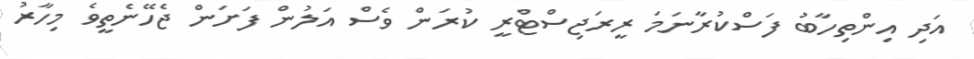
އަދި އިންތިހާބު ފަސްކުރާނަމަ ރީރަޖިސްޓްރީ ކުރަން ވެސް އަލުން ފަށަން ޖެހޭނެތީވެ މިހާރު